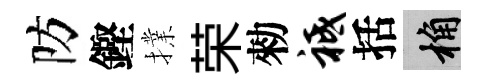
防鏗擈荣勑祗括桷